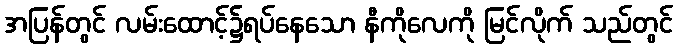
အပြန်တွင် လမ်းထောင့်၌ရပ်နေသော နီကိုလေကို မြင်လိုက် သည်တွင်